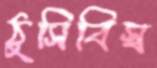
ঠুসিবিস্ব